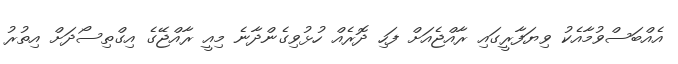
އެއްބަސްވުމާއެކު ވިޔަފާރީގައި ރާއްޖެއަށް ފަހި ދޮރެއް ހުޅުވިގެންދާނެ މިއީ ރާއްޖޭގެ އިގްތިސޯދަށް އިތުރު